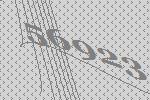
56923